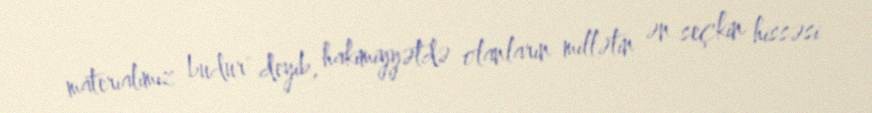
materialımız budur" deyib, hakimiyyətdə olanların millətin ən seçkin hissəsi